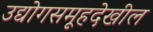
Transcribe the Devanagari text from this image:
उद्योगसमूहदेखील